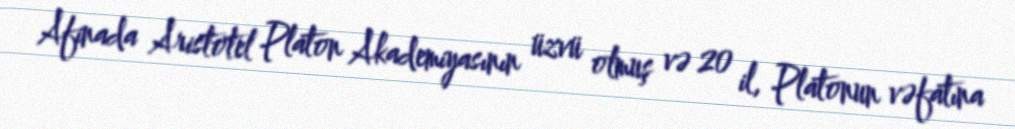
Afinada Aristotel Platon Akademiyasının üzvü olmuş və 20 il, Platonun vəfatına